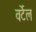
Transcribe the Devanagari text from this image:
वर्टेल